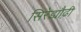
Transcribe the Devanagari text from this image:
सिरेड्यौढ़ी